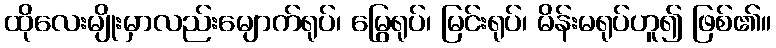
ထိုလေးမျိုးမှာလည်းမျောက်ရုပ်၊ မြွေရုပ်၊ မြင်းရုပ်၊ မိန်းမရုပ်ဟူ၍ ဖြစ်၏။